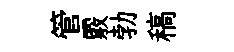
管覈勃稿